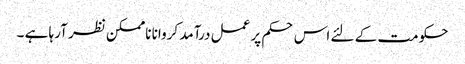
حکومت کے لئے اس حکم پر عمل درآمد کروانا ناممکن نظر آرہا ہے ۔